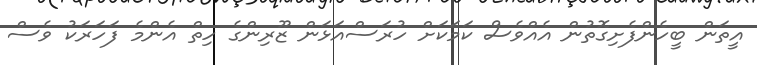
އީތަން ބީހެންފެށިގޮތުން އެއްވެސް ކަމަކަށް ހުރަސްއަޅަން ޒޫރިންގެ ހިތް އެންމެ ފަހަރަކު ވެސް